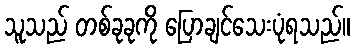
သူသည် တစ်ခုခုကို ပြောချင်သေးပုံရသည်။